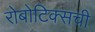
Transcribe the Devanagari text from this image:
रोबोटिक्सची